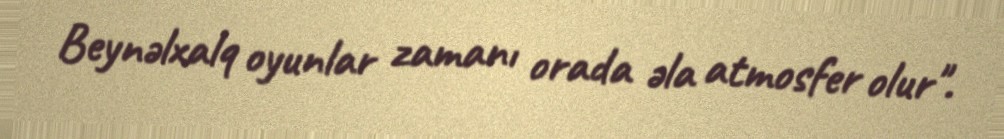
Beynəlxalq oyunlar zamanı orada əla atmosfer olur".